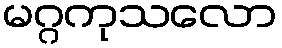
မဂ္ဂကုသလော